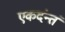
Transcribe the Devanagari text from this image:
एकदंन्तं